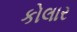
કોલાર